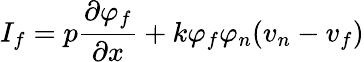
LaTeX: I_{f}=p\frac{\partial\varphi_{f}}{\partial x}+k\varphi_{f}\varphi_{n}(v_{n}-v_{f})